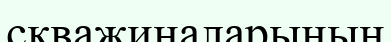
скважиналарының